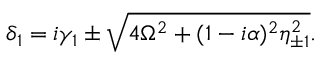
\begin{array} { r } { \delta _ { 1 } = i \gamma _ { 1 } \pm \sqrt { 4 \Omega ^ { 2 } + ( 1 - i \alpha ) ^ { 2 } \eta _ { \pm 1 } ^ { 2 } } . } \end{array}